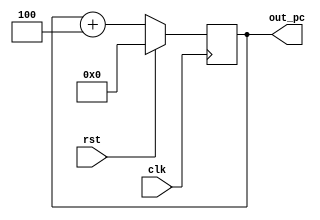
module prog_counter2 (out_pc,rst,clk);
	output [0:31] out_pc;
	input clk;
	input rst;
	reg [0:31] out_pc;		
	always @(posedge clk)
	begin
		if(rst==1)
		begin
			out_pc<=32'd0;
		end
		else
		begin
			out_pc<=out_pc+32'd4;
		end
	end
endmodule